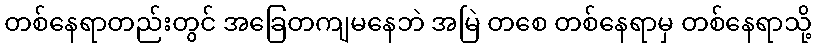
တစ်နေရာတည်းတွင် အခြေတကျမနေဘဲ အမြဲ တစေ တစ်နေရာမှ တစ်နေရာသို့